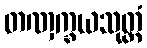
တဏှက္ခယသုတ္တံ